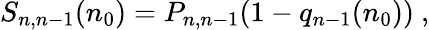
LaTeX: \begin{array}{r}{S_{n,n-1}(n_{0})=P_{n,n-1}(1-q_{n-1}(n_{0}))\ ,}\end{array}